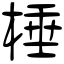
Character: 棰